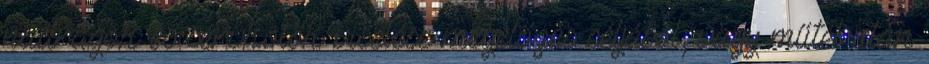
nadrágok és sérvkötők viselése megelőzés céljából, vagy műtét után